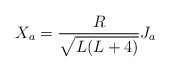
\begin{align*}X_a=\frac{R}{\sqrt{L(L+4)}}J_a\end{align*}